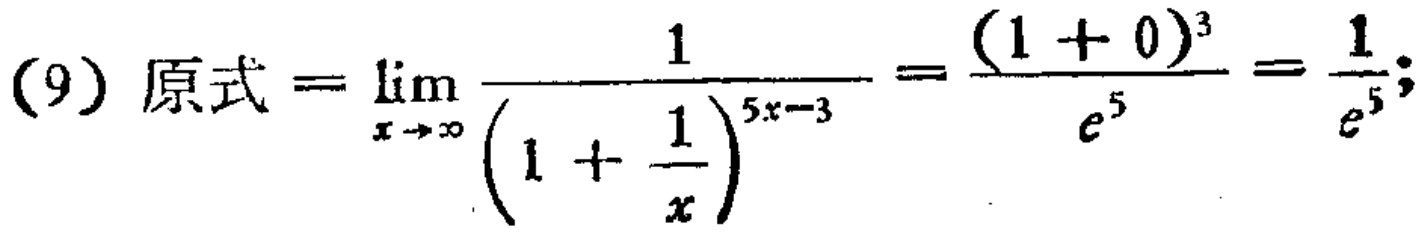
(9) 原式 \(=\lim_{x \to \infty} \frac{1}{(1 + \frac{1}{x})^{5x - 3}}=\frac{(1 + 0)^3}{e^5}=\frac{1}{e^5}\);